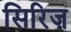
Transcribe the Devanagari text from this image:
सिरिज़